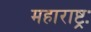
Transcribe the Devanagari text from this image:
महाराष्ट्रः